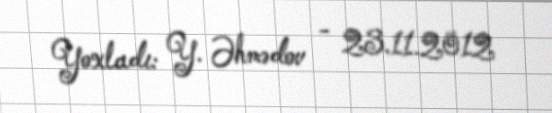
Yoxladı: Y. Əhmədov - 23.11.2012